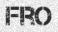
FRO